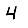
Digit: 4